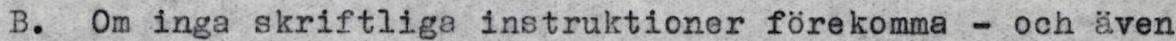
B. Om inga skriftliga instruktioner förekomma - och även